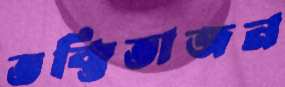
ভক্তিভাজন